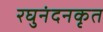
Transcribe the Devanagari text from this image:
रघुनंदनकृत